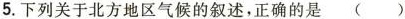
5.下列关于北方地区气候的叙述，正确的是 ( )